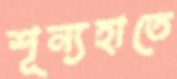
শূন্যহাতে